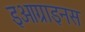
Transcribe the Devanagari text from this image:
इओग्राइनस